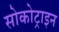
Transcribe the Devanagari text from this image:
सोकोट्राइन